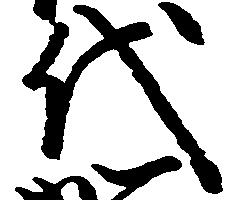
代